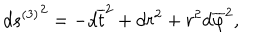
{ d s ^ { ( 3 ) } } ^ { 2 } = - d \overline { { { t } } } ^ { 2 } + d r ^ { 2 } + r ^ { 2 } d \overline { { \varphi } } ^ { 2 } ,